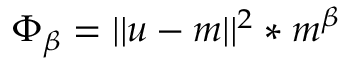
\Phi _ { \beta } = | | u - m | | ^ { 2 } * m ^ { \beta }